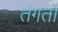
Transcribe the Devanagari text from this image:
तंगतों